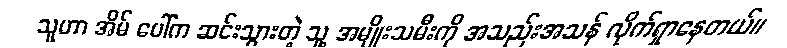
သူဟာ အိမ် ပေါ်က ဆင်းသွားတဲ့ သူ့ အမျိုးသမီးကို အသည်းအသန် လိုက်ရှာနေတယ်။